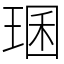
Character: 㻒